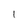
Character: 1